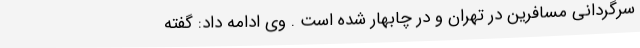
سرگردانی مسافرین در تهران و در چابهار شده است . وی ادامه داد: گفته